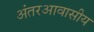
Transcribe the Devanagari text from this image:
अंतरआवासीय